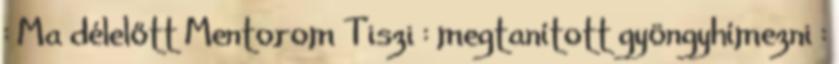
: Ma délelőtt Mentorom Tiszi : megtanított gyöngyhímezni :